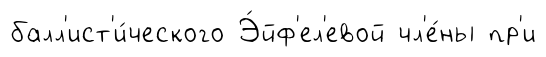
балл'ист'и́ческого Э́йф'ел'евой чл'е́ны пр'и